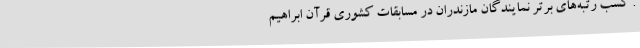
. کسب رتبه‌های برتر نمایندگان مازندران در مسابقات کشوری قرآن ابراهیم